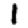
Digit: 1